Vaccination in Burma 1920-1933 - 1920-1933
Year: 1920
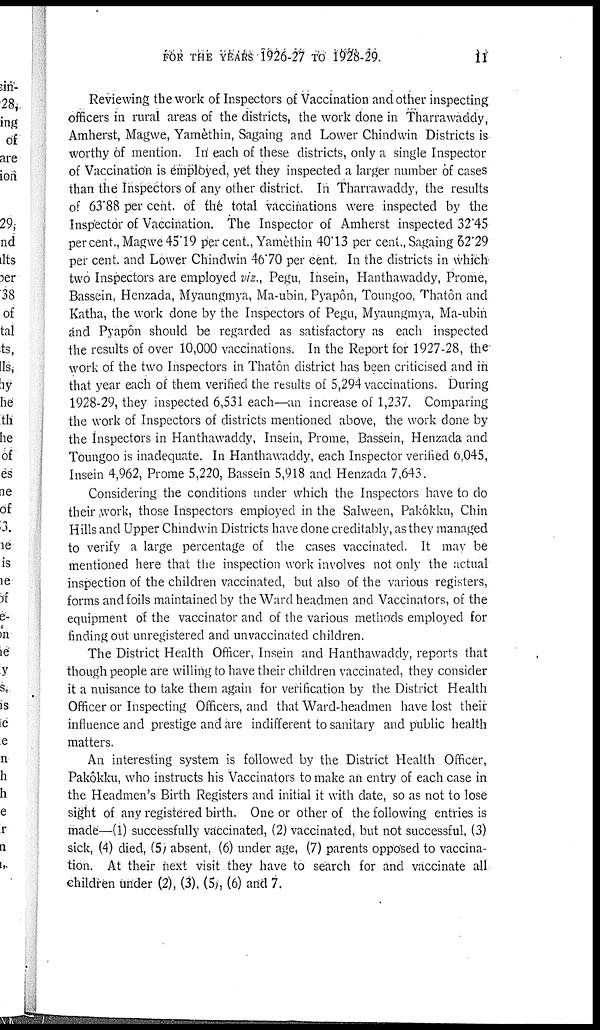
FOR THE YEARS 1926-27 TO 1928-29.
11
Reviewing the work of Inspectors of Vaccination and other inspecting
officers in rural areas of the districts, the work done in Tharrawaddy,
Amherst, Magwe, Yamèthin, Sagaing and Lower Chindwin Districts is
worthy of mention. In each of these districts, only a single Inspector
of Vaccination is employed, yet they inspected a larger number of cases
than the Inspectors of any other district. In Tharrawaddy, the results
of 63.88 per cent. of the total vaccinations were inspected by the
Inspector of Vaccination. The Inspector of Amherst inspected 32.45
per cent., Magwe 45.19 per cent., Yamèthin 40.13 per cent., Sagaing 62.29
per cent. and Lower Chindwin 46.70 per cent. In the districts in which
two Inspectors are employed viz., Pegu, Insein, Hanthawaddy, Prome,
Bassein, Henzada, Myaungmya, Ma-ubin, Pyapôn, Toungoo, Thatôn and
Katha, the work done by the Inspectors of Pegu, Myaungmya, Ma-ubin
and Pyapôn should be regarded as satisfactory as each inspected
the results of over 10,000 vaccinations. In the Report for 1927-28, the
work of the two Inspectors in Thatôn district has been criticised and in
that year each of them verified the results of 5,294 vaccinations. During
1928-29, they inspected 6,531 each—an increase of 1,237. Comparing
the work of Inspectors of districts mentioned above, the work done by
the Inspectors in Hanthawaddy, Insein, Prome, Bassein, Henzada and
Toungoo is inadequate. In Hanthawaddy, each Inspector verified 6,045,
Insein 4,962, Prome 5,220, Bassein 5,918 and Henzada 7,643.
Considering the conditions under which the Inspectors have to do
their work, those Inspectors employed in the Salween, Pakôkku, Chin
Hills and Upper Chindwin Districts have done creditably, as they managed
to verify a large percentage of the cases vaccinated. It may be
mentioned here that the inspection work involves not only the actual
inspection of the children vaccinated, but also of the various registers,
forms and foils maintained by the Ward headmen and Vaccinators, of the
equipment of the vaccinator and of the various methods employed for
finding out unregistered and unvaccinated children.
The District Health Officer, Insein and Hanthawaddy, reports that
though people are willing to have their children vaccinated, they consider
it a nuisance to take them again for verification by the District Health
Officer or Inspecting Officers, and that Ward-headmen have lost their
influence and prestige and are indifferent to sanitary and public health
matters.
An interesting system is followed by the District Health Officer,
Pakôkku, who instructs his Vaccinators to make an entry of each case in
the Headmen's Birth Registers and initial it with date, so as not to lose
sight of any registered birth. One or other of the following entries is
made—(1) successfully vaccinated, (2) vaccinated, but not successful, (3)
sick, (4) died, (5) absent, (6) under age, (7) parents opposed to vaccina-
tion. At their next visit they have to search for and vaccinate all
children under (2), (3), (5), (6) and 7.